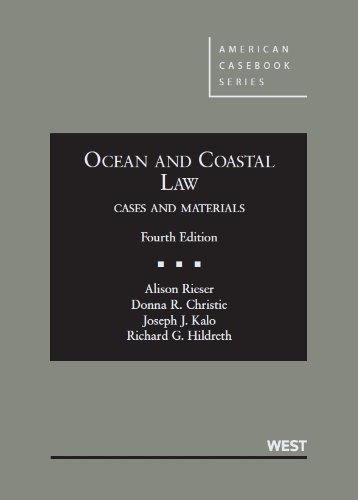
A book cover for Ocean and Coastal Law, Cases and Materials (American Casebook Series); Alison Rieser; Law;